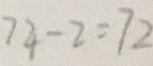
7 4 - 2 = 7 2